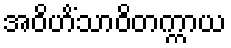
အဝိဟိံသာဝိတက္ကာယ